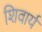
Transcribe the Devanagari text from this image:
शिवार्य